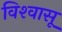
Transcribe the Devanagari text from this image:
विश्‍वासू